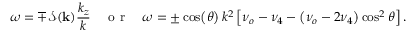
\omega = \mp \mathcal { S } ( \mathbf { k } ) \frac { k _ { z } } { k } \quad \textrm { o r } \quad \omega = \pm \cos \! \left( \theta \right) k ^ { 2 } \left[ \nu _ { o } - \nu _ { 4 } - \left( \nu _ { o } - 2 \nu _ { 4 } \right) \cos ^ { 2 } \theta \right] .